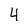
Character: 4